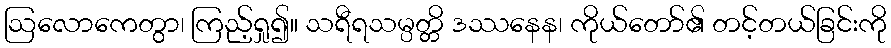
ဩလောကေတွာ၊ ကြည့်ရှု၍။ သရီရသမ္ပတ္တိ ဒဿနေန၊ ကိုယ်တော်၏ တင့်တယ်ခြင်းကို